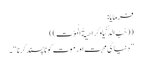
فرمایا:
((حُبُ الدُّنْیَا وَکَرَاھِیَةُ الْمَوْتِ ))
’’ دنیا کی محبت اور موت کو ناپسند کرنا ‘‘ ۔